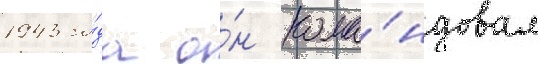
1943 го́да о́н кома́ндовал